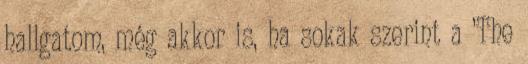
hallgatom, még akkor is, ha sokak szerint a ’The